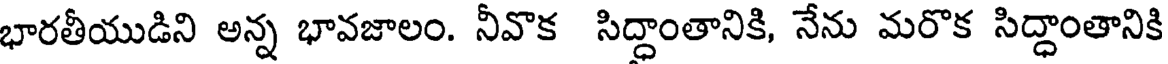
భారతీయుడిని అన్న భావజాలం. నీవొక సిద్ధాంతానికి, నేను మరొక సిద్ధాంతానికి